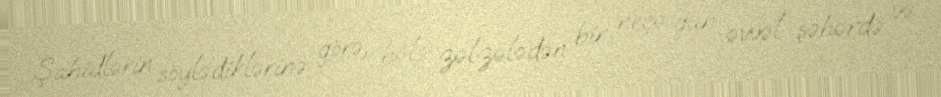
Şahidlərin söylədiklərinə görə, hələ zəlzələdən bir neçə gün əvvəl şəhərdə və